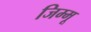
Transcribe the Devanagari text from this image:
जिम्मू